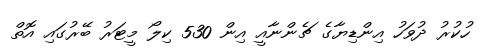
ހުކުރު ދުވަހު އިންޑިޔާގެ ޗެންނާއީ އިން 530 ކިލޯ މީޓަރު ބޭރުގައި އޮތް